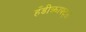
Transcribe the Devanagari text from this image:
हँडीक्राफ्ट्स